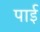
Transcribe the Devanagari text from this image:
पार्इ